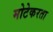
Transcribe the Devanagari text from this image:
मोटेकरता